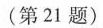
(第21题)